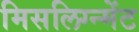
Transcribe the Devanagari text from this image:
मिसलिग्न्मेंट